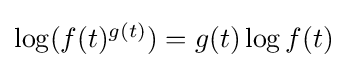
{\textstyle \log(f(t)^{g(t)})=g(t)\log f(t)}